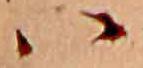
ハ